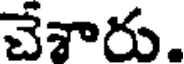
చేశారు.